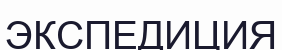
ЭКСПЕДИЦИЯ